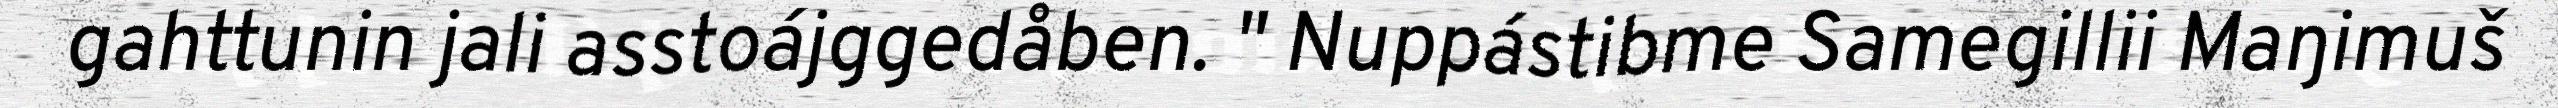
gahttunin jali asstoájggedåben. " Nuppástibme Samegillii Maŋimuš